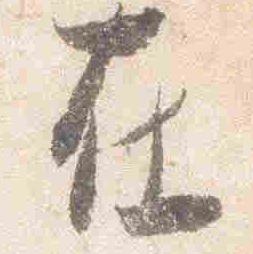
在